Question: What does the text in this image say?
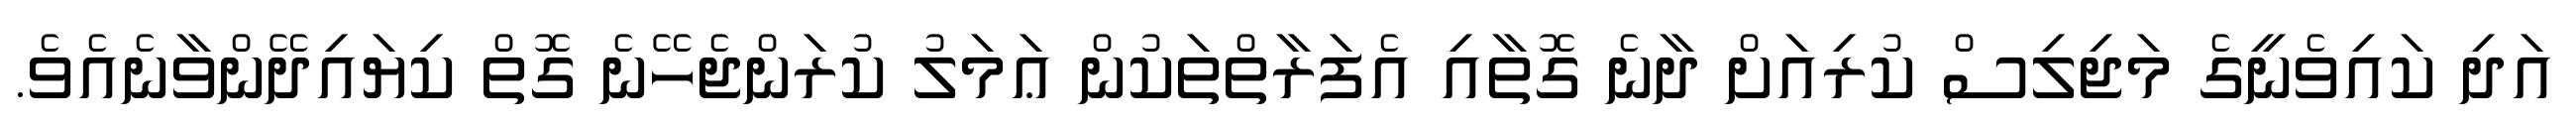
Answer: އަދި ކައިވެނީގެ މަޖިލިސް ކުރިއަށް ދާނެ ގޮތާއި އެފަރާތްތަކުން ޢަމަލު ކުރަންޖެހޭނެ ގޮތް ކިޔައިދޭންވާނެއެވެ.